Treatise on elephants
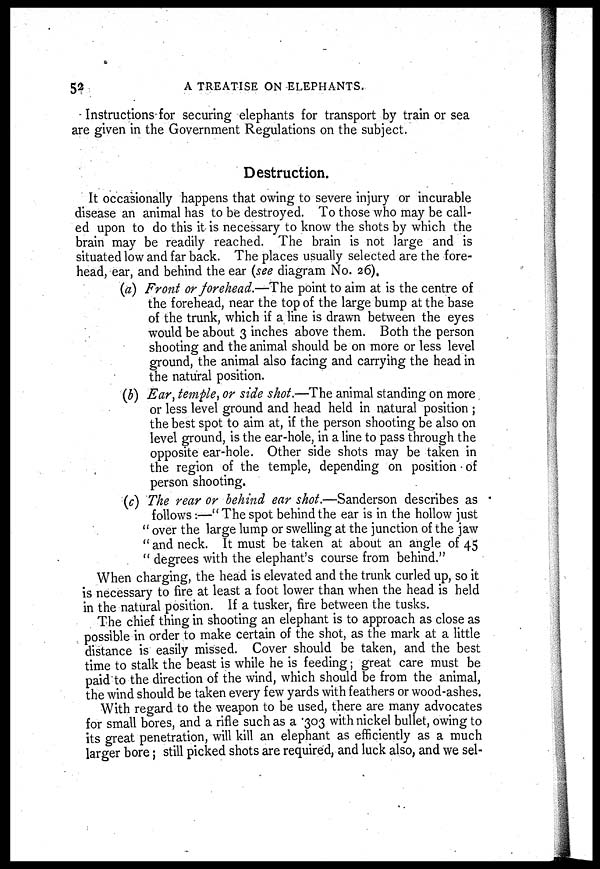
52
A TREATISE ON ELEPHANTS.
Instructions for securing elephants for transport by train or sea
are given in the Government Regulations on the subject.
Destruction.
It occasionally happens that owing to severe injury or incurable
disease an animal has to be destroyed. To those who may be call-
ed upon to do this it is necessary to know the shots by which the
brain may be readily reached. The brain is not large and is
situated low and far back. The places usually selected are the fore-
head, ear, and behind the ear (see diagram No. 26),
(a) Front or forehead.—The point to aim at is the centre of
the forehead, near the top of the large bump at the base
of the trunk, which if a line is drawn between the eyes
would be about 3 inches above them. Both the person
shooting and the animal should be on more or less level
ground, the animal also facing and carrying the head in
the natural position.
(b) Ear, temple, or side shot.—The animal standing on more
or less level ground and head held in natural position ;
the best spot to aim at, if the person shooting be also on
level ground, is the ear-hole, in a line to pass through the
opposite ear-hole. Other side shots may be taken in
the region of the temple, depending on position of
person shooting.
(c) The rear or behind ear shot.—Sanderson describes as
follows:—" The spot behind the ear is in the hollow just
" over the large lump or swelling at the junction of the jaw
" and neck. It must be taken at about an angle of 45
" degrees with the elephant's course from behind."
When charging, the head is elevated and the trunk curled up, so it
is necessary to fire at least a foot lower than when the head is held
in the natural position. If a tusker, fire between the tusks.
The chief thing in shooting an elephant is to approach as close as
possible in order to make certain of the shot, as the mark at a little
distance is easily missed. Cover should be taken, and the best
time to stalk the beast is while he is feeding; great care must be
paid to the direction of the wind, which should be from the animal,
the wind should be taken every few yards with feathers or wood-ashes.
With regard to the weapon to be used, there are many advocates
for small bores, and a rifle such as a 303 with nickel bullet, owing to
its great penetration, will kill an elephant as efficiently as a much
larger bore; still picked shots are required, and luck also, and we sel-